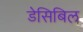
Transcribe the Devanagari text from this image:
डेसिबिल